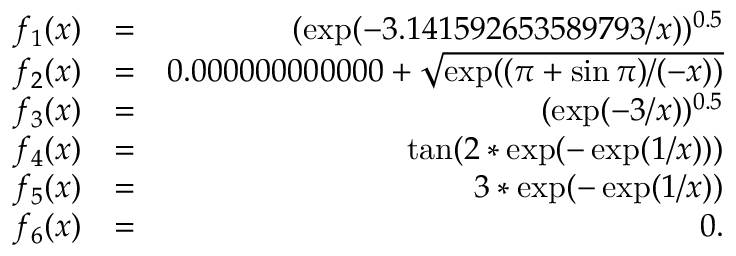
\begin{array} { r l r } { f _ { 1 } ( x ) } & { = } & { ( \exp ( - 3 . 1 4 1 5 9 2 6 5 3 5 8 9 7 9 3 / x ) ) ^ { 0 . 5 } } \\ { f _ { 2 } ( x ) } & { = } & { 0 . 0 0 0 0 0 0 0 0 0 0 0 0 + \sqrt { \exp ( ( \pi + \sin \pi ) / ( - x ) ) } } \\ { f _ { 3 } ( x ) } & { = } & { ( \exp ( - 3 / x ) ) ^ { 0 . 5 } } \\ { f _ { 4 } ( x ) } & { = } & { \tan ( 2 * \exp ( - \exp ( 1 / x ) ) ) } \\ { f _ { 5 } ( x ) } & { = } & { 3 * \exp ( - \exp ( 1 / x ) ) } \\ { f _ { 6 } ( x ) } & { = } & { 0 . } \end{array}